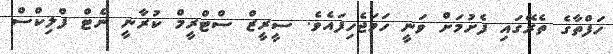
ހަފްތާގެ ތެރޭގައި ފެށުމަށް ވަނީ ހަމަޖެހިފައެވެ. ސީރީޒް ސްޓްރީމް ކުރާނީ ނެޓް ފްލިކްސް